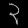
Digit: ၃